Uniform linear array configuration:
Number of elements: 64
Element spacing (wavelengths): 0.25
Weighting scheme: kaiser
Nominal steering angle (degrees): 45
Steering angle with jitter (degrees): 43.432
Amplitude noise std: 0.05
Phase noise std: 0.05

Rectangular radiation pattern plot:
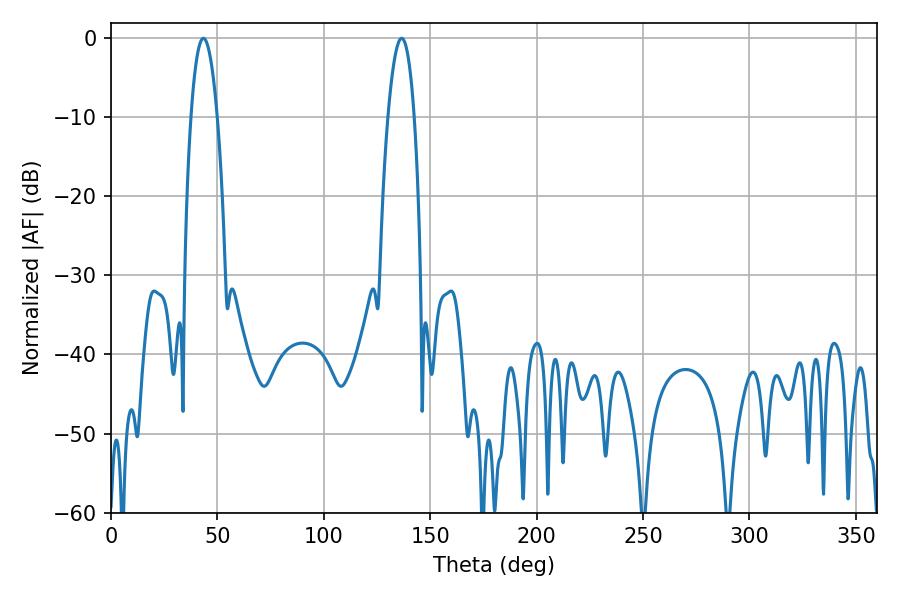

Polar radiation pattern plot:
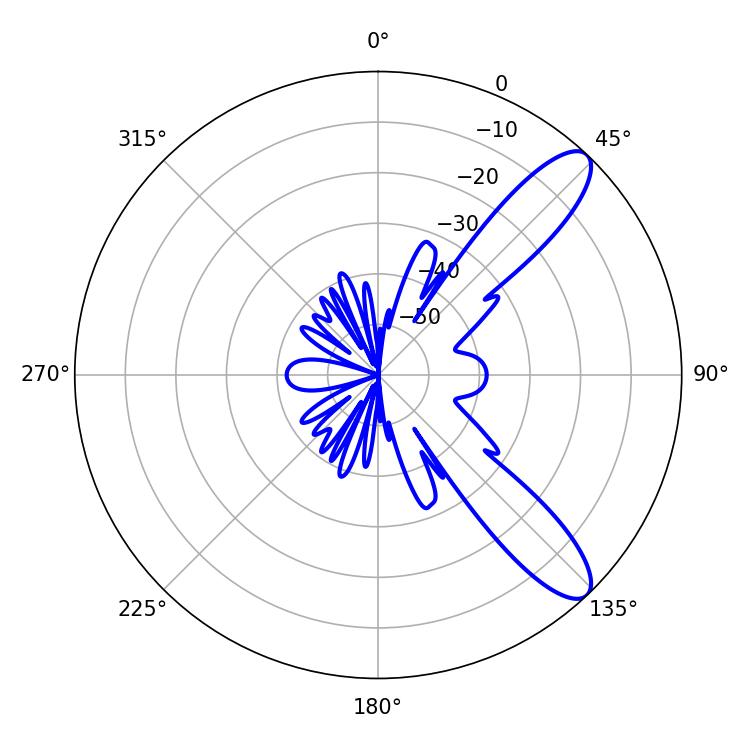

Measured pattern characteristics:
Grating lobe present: FALSE
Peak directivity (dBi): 10.537
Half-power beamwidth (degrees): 6.84
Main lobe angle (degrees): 43.38